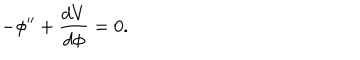
- \phi ^ { \prime \prime } + \frac { d V } { d \phi } = 0 .